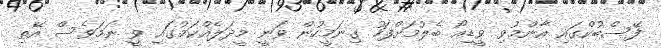
ފޭސްބުކްގައި އާންމުވި ވީޑިއޯ ބެލުމަށްފަހު ގިނަމީހުން ވަނީ މީދަލެއްކަމުގައި ވީ ނަމަވެސް އޭތި